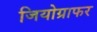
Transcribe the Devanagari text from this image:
जियोग्राफर